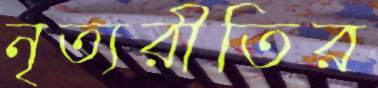
নৃত্যরীতির